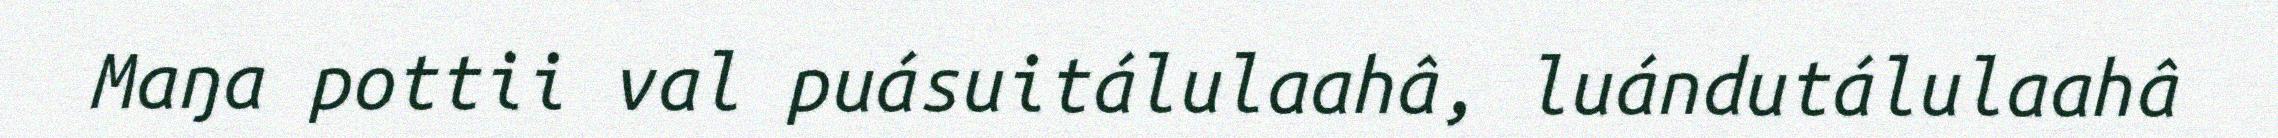
Maŋa pottii val puásuitálulaahâ, luándutálulaahâ